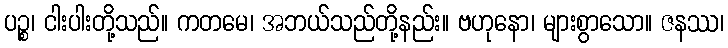
ပဉ္စ၊ ငါးပါးတို့သည်။ ကတမေ၊ အဘယ်သည်တို့နည်း။ ဗဟုနော၊ များစွာသော။ ဇနဿ၊